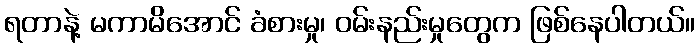
ရတာနဲ့ မကာမိအောင် ခံစားမှု၊ ဝမ်းနည်းမှုတွေက ဖြစ်နေပါတယ်။